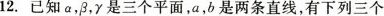
12.已知a，β，γ是三个平面，a，b是两条直线，有下列三个